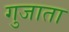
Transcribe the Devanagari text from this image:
गुजाता